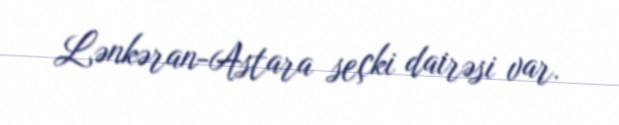
Lənkəran-Astara seçki dairəsi var.